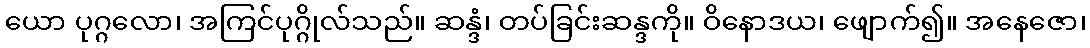
ယော ပုဂ္ဂလော၊ အကြင်ပုဂ္ဂိုလ်သည်။ ဆန္ဒံ၊ တပ်ခြင်းဆန္ဒကို။ ဝိနောဒယ၊ ဖျောက်၍။ အနေဇော၊